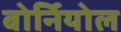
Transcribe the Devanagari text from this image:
बोर्नियोल